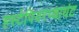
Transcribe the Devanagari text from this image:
हर्स्टपियरप्वायंट